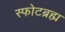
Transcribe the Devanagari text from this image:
स्फोटब्रह्म